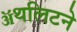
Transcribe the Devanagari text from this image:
ॲथलिटने